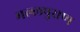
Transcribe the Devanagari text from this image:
मल्लपुराण